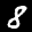
Label: 8